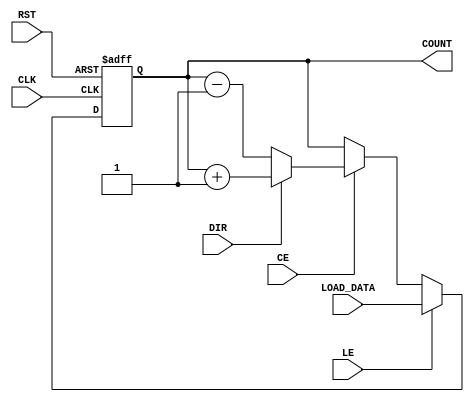
module LoadableCounter #(parameter N = 8) (
    input wire CLK,          // Clock signal
    input wire RST,          // Reset signal
    input wire LE,           // Load Enable signal
    input wire CE,           // Count Enable signal
    input wire DIR,          // Count Direction (1 for up, 0 for down)
    input wire [N-1:0] LOAD_DATA, // Data to load into the counter
    output reg [N-1:0] COUNT // Current count value
);

    // Predefined reset value (can be modified as needed)
    localparam RESET_VALUE = 0;

    always @(posedge CLK or posedge RST) begin
        if (RST) begin
            COUNT <= RESET_VALUE; // Reset the counter to the predefined value
        end else if (LE) begin
            COUNT <= LOAD_DATA; // Load the specified value into the counter
        end else if (CE) begin
            if (DIR) begin
                // Increment the counter, considering overflow
                COUNT <= COUNT + 1'b1;
            end else begin
                // Decrement the counter, considering underflow
                COUNT <= COUNT - 1'b1;
            end
        end
    end
endmodule